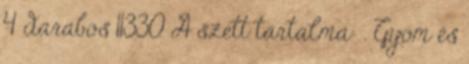
4 darabos 11330 A szett tartalma: . Gyom és